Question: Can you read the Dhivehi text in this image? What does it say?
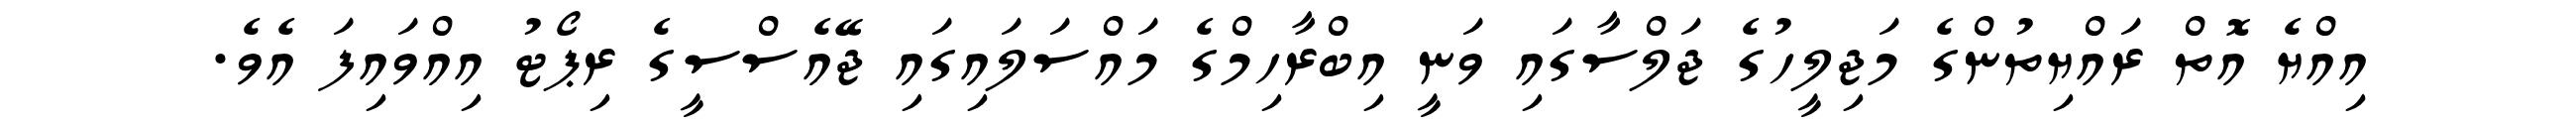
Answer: އިއްޔެ އޮތް ރައްޔިތުންގެ މަޖިލީހުގެ ޖަލްސާގައި ވަނީ އިބްރާހިމްގެ މައްސަލައިގައި ޖޭއެސްސީގެ ރިޕޯޓު އިއްވައިފަ އެވެ.